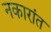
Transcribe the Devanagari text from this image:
नकारांत